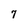
Character: 7